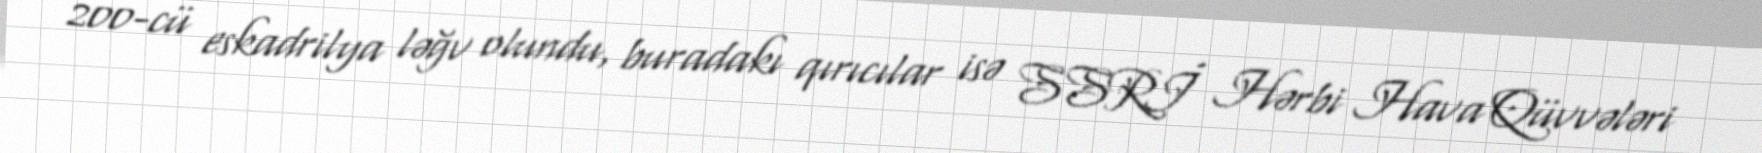
200-cü eskadrilya ləğv olundu, buradakı qırıcılar isə SSRİ Hərbi Hava Qüvvələri